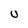
Character: U